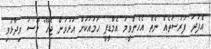
އެފަދަ ފުރުސަތެއް ނެތް އެހެންވީމަ އެމްޑީޕީ ހަމައަކަށް އަޅުވަން ޖެހޭ" މޫސަ ވިދާޅުވި